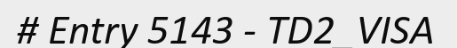
# Entry 5143 - TD2_VISA